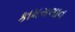
કામચલાવ